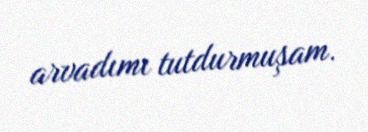
arvadımı tutdurmuşam.